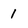
Character: 1